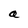
Character: a